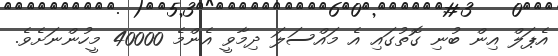
އެޕަލް އިން ބުނި ގޮތުގައި އެ މައްސަލަ ދިމާވީ އެންމެ 40000 މީހުންނަށެވެ.